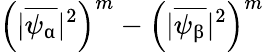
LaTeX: \left(|\overline{{\psi_{\upalpha}}}|^{2}\right)^{m}-\left(|\overline{{\psi_{\upbeta}}}|^{2}\right)^{m}